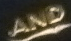
AND